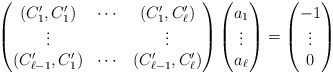
\begin{align*}\begin{pmatrix}(C'_1,C'_1)&\cdots&(C'_1,C'_\ell)\\\vdots&&\vdots\\(C'_{\ell-1},C'_1)&\cdots&(C'_{\ell-1},C'_\ell)\end{pmatrix}\begin{pmatrix}a_1\\\vdots\\a_\ell\end{pmatrix}=\begin{pmatrix}-1\\\vdots\\0\end{pmatrix}\end{align*}